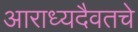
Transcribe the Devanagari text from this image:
आराध्यदैवतचे